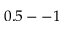
0 . 5 -- 1